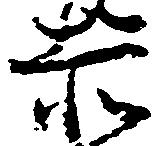
赤